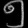
Digit: ၅